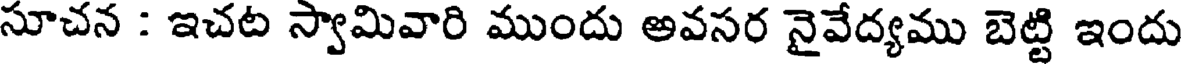
సూచన : ఇచట స్వామివారి ముందు అవసర నైవేద్యము బెట్టి ఇందు